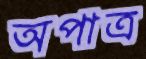
অপাত্র